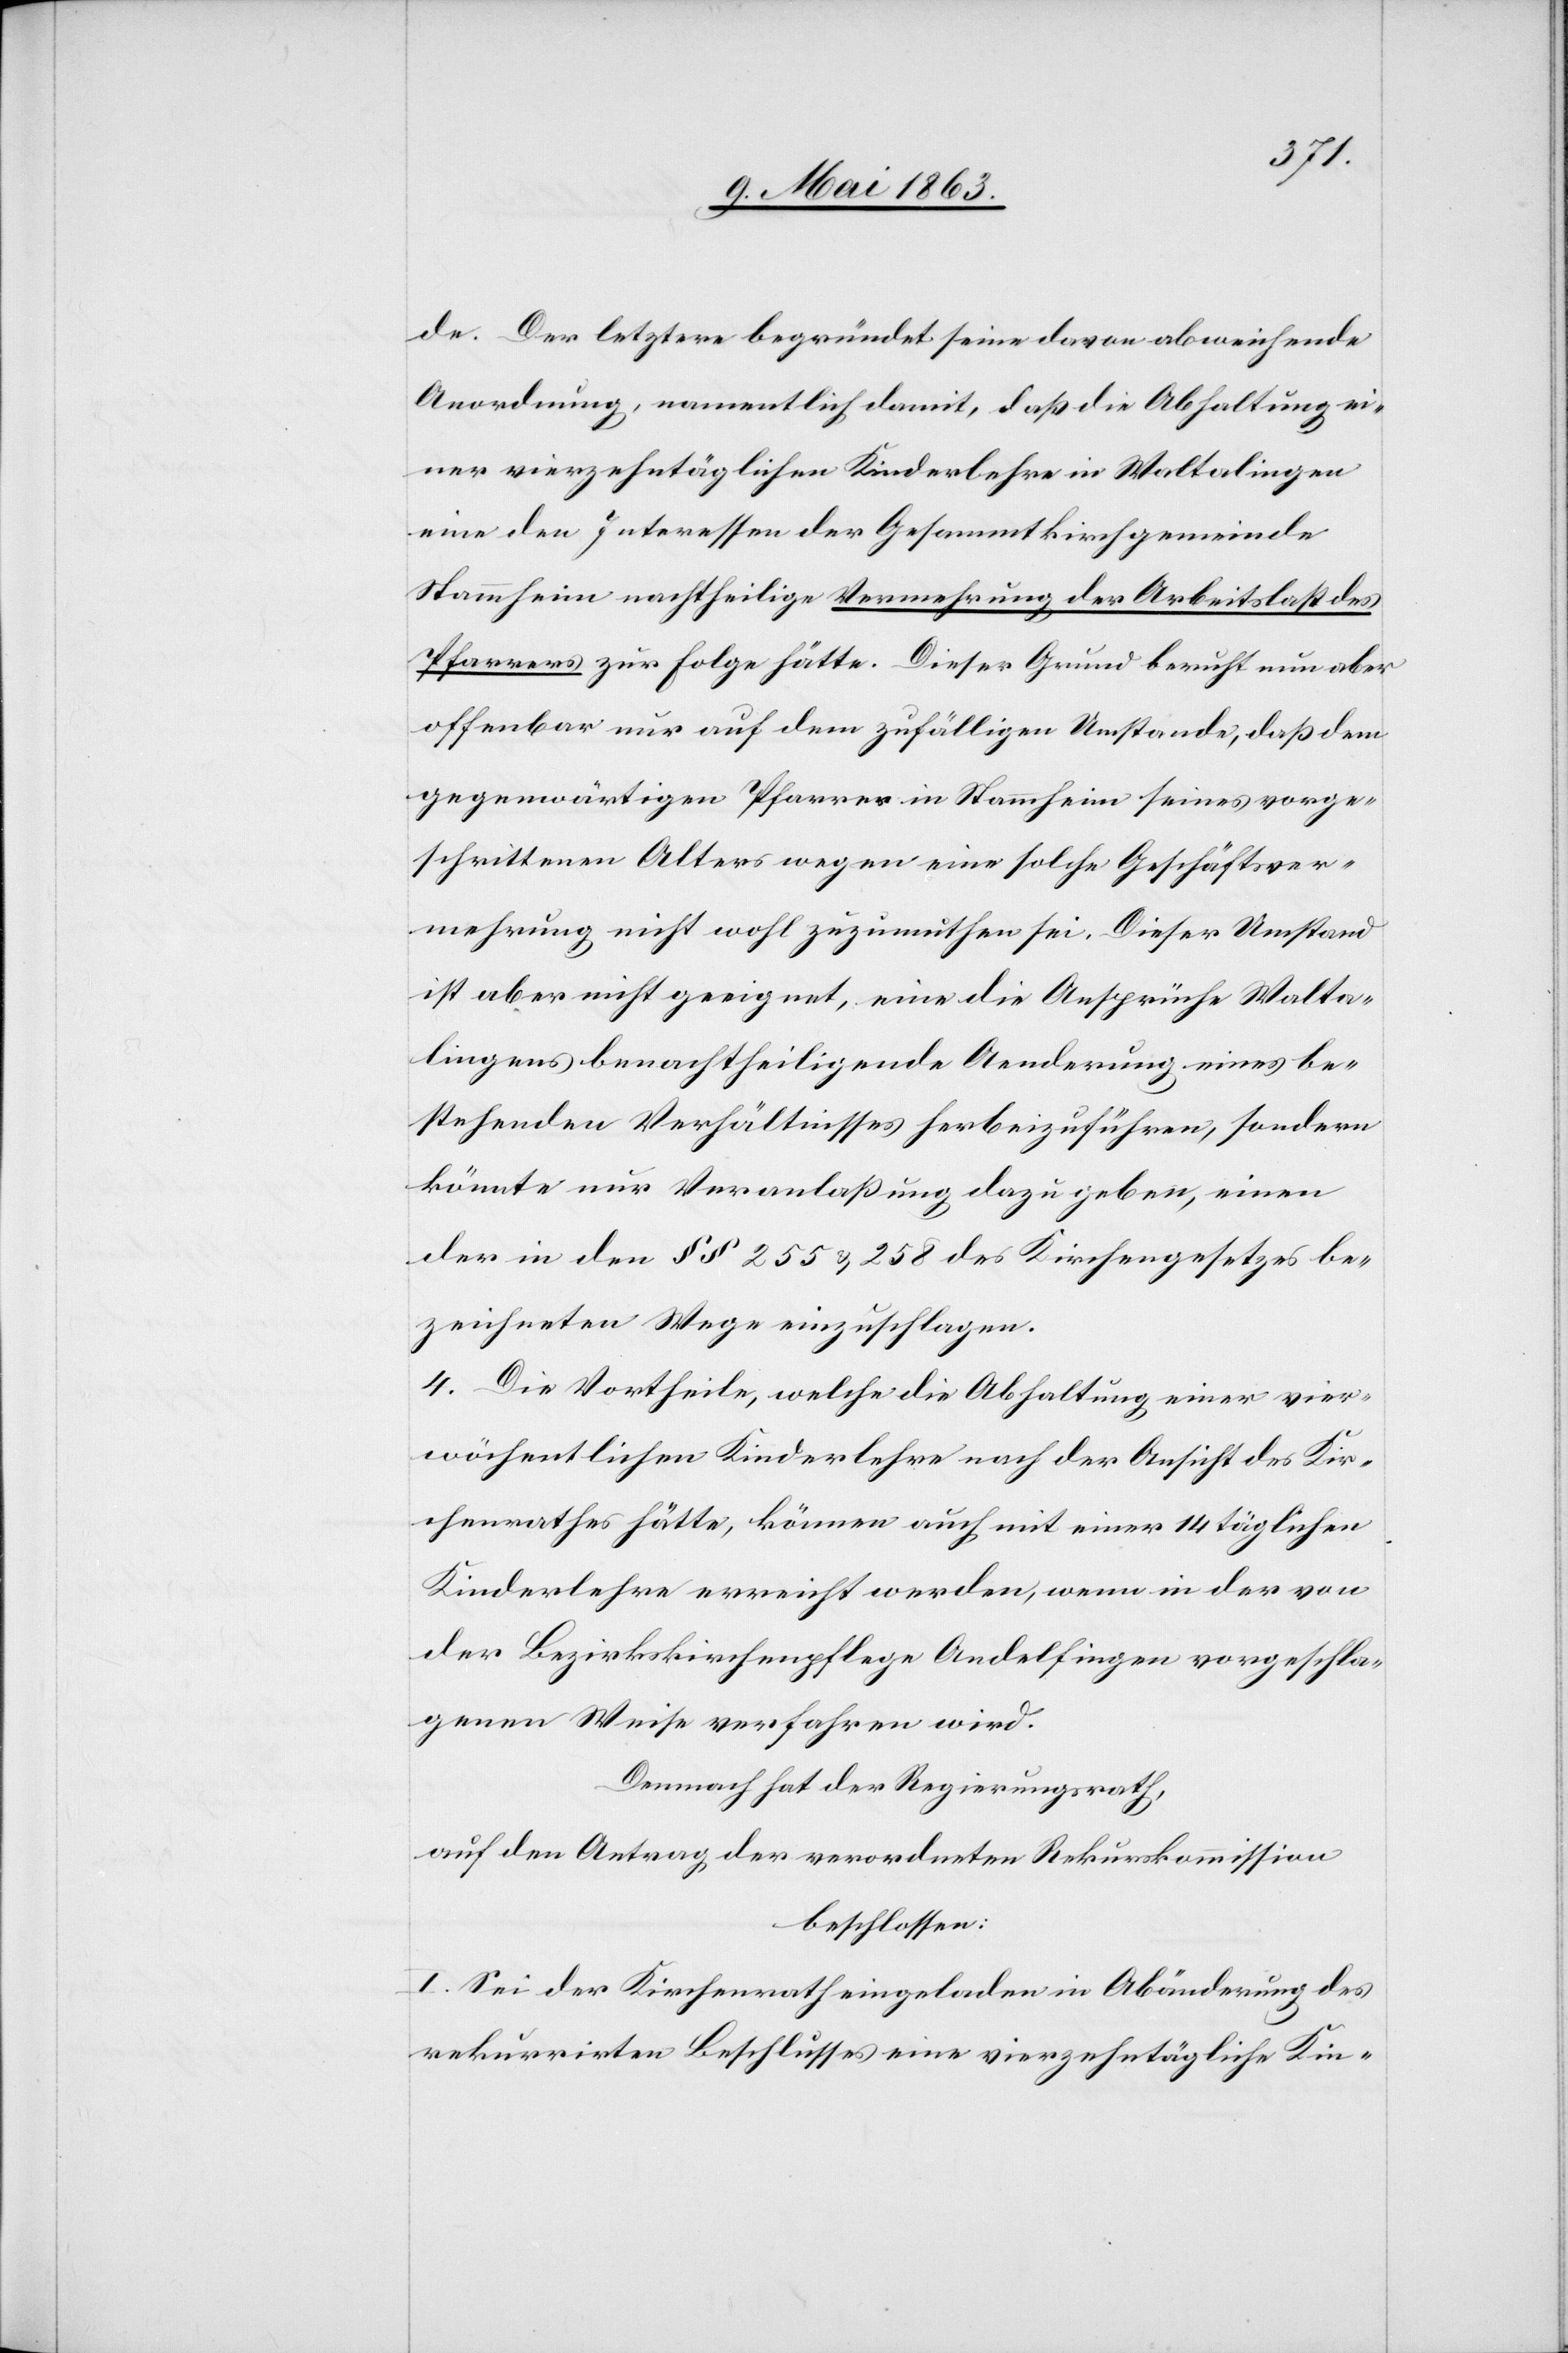
de. Der letztere begründet seine davon abweichende
Anordnung, namentlich damit, daß die Abhaltung ei¬
ner vierzehntäglichen Kinderlehre in Waltalingen
eine den Interessen der Gesammtkirchgemeinde
Stammheim nachtheilige Vermehrung der Arbeitslast des
Pfarrers zur Folge hätte. Dieser Grund beruht nun aber
offenbar nur auf dem zufälligen Umstande, daß dem
gegenwärtigen Pfarrer in Stammheim seines vorge¬
schrittenen Alters wegen eine solche Geschäftsver¬
mehrung nicht wohl zuzumuthen sei. Dieser Umstand
ist aber nicht geeignet, eine die Ansprüche Walta¬
lingens benachtheiligende Aenderung eines be¬
stehenden Verhältnisses herbeizuführen, sondern
könnte nur Veranlaßung dazu geben, einen
der in den §§ 255 & 258 des Kirchengesetzes be¬
zeichneten Wege einzuschlagen.
4. Die Vortheile, welche die Abhaltung einer vier¬
wöchentlichen Kinderlehre nach der Ansicht des Kir¬
chenrathes hätte, können auch mit einer 14 täglichen
Kinderlehre erreicht werden, wenn in der von
der Bezirkskirchenpflege Andelfingen vorgeschla¬
genen Weise verfahren wird.
Demnach hat der Regierungsrath,
auf den Antrag der verordneten Rekurskommission
beschlossen:
I. Sei der Kirchenrath eingeladen in Abänderung des
rekurrirten Beschlusses eine vierzehntägliche Kin-